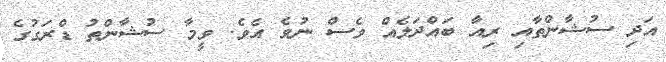
އަދި ސުޝާންތާއި ރިއާ ބައްދަލެއް ވެސް ނުވެ އެވެ. ވީމާ ސުޝާންތު ޑްރަގުގެ